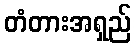
တံတားအရှည်